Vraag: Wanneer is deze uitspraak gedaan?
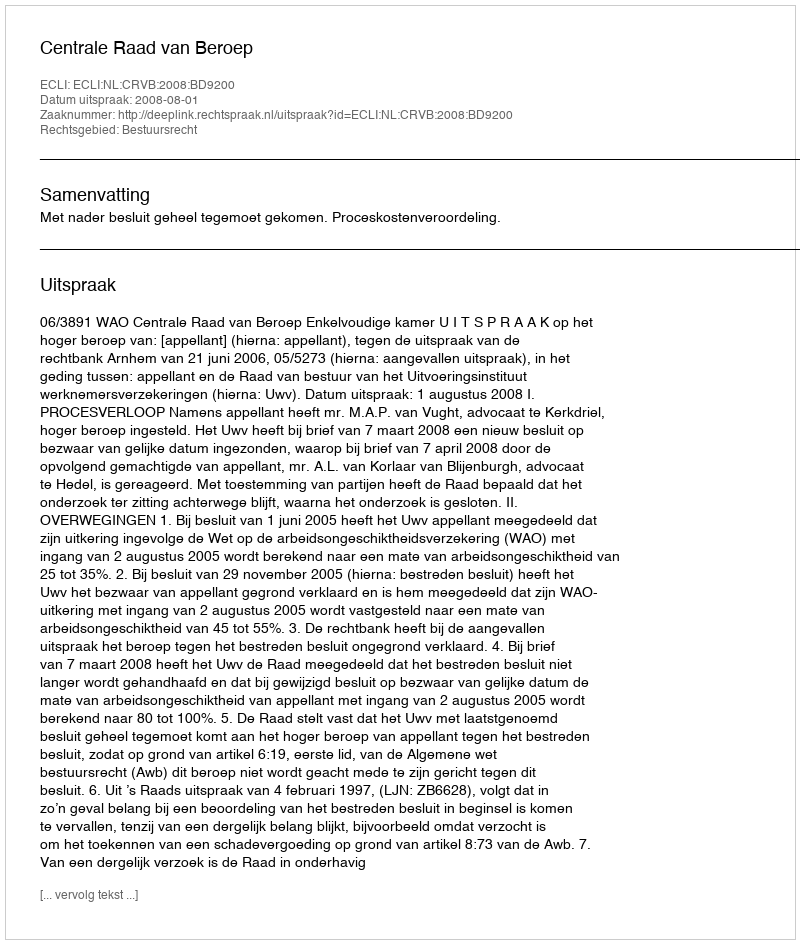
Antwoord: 2008-08-01